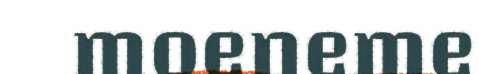
moeneme